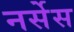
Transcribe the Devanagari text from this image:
नर्सेस